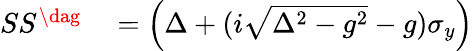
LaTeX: \begin{array}{rl}{SS^{\dag}}&{{}=\left(\Delta+(i\sqrt{\Delta^{2}-g^{2}}-g)\sigma_{y}\right)}\end{array}